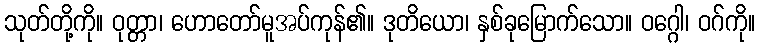
သုတ်တို့ကို။ ဝုတ္တာ၊ ဟောတော်မူအပ်ကုန်၏။ ဒုတိယော၊ နှစ်ခုမြောက်သော။ ဝဂ္ဂေါ၊ ဝဂ်ကို။